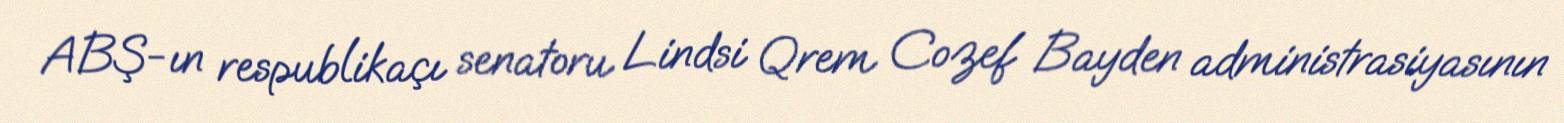
ABŞ-ın respublikaçı senatoru Lindsi Qrem Cozef Bayden administrasiyasının